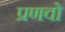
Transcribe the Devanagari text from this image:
प्रणवो